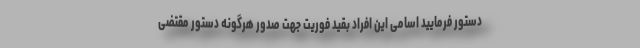
دستور فرمایید اسامی این افراد بقید فوریت جهت صدور هرگونه دستور مقتضی